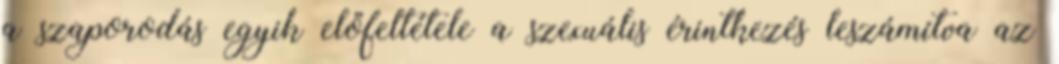
a szaporodás egyik előfeltétele a szexuális érintkezés leszámítva az